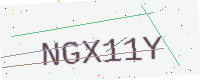
Text: NGX11Y